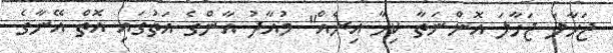
ޖަހާލަ ޖަހާލަ އޮންނަތާ ކިހާ އިރެއް" މުއާދު އާންގެ އަތުގައި އޮތް އޭނާގެ